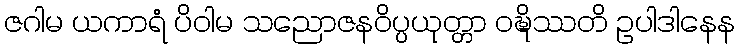
ဇဂါမ ယကာရံ ပိဝါမ သညောဇနဝိပ္ပယုတ္တာ ဝဍ္ဎိဿတိ ဥပါဒါနေန